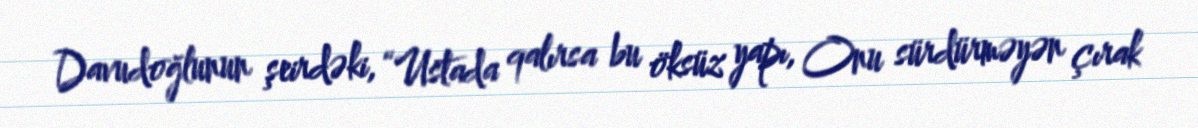
Davudoğlunun şeirdəki, “Ustada qalırsa bu öksüz yapı, Onu sürdürməyən çırak